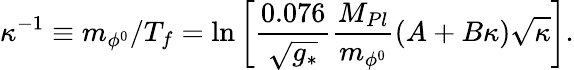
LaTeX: \kappa^{-1}\equiv m_{\phi^{0}}/T_{f}=\ln\left[{\frac{0.076}{\sqrt{g_{*}}}}{\frac{M_{Pl}}{m_{\phi^{0}}}}(A+B\kappa)\sqrt{\kappa}\right].